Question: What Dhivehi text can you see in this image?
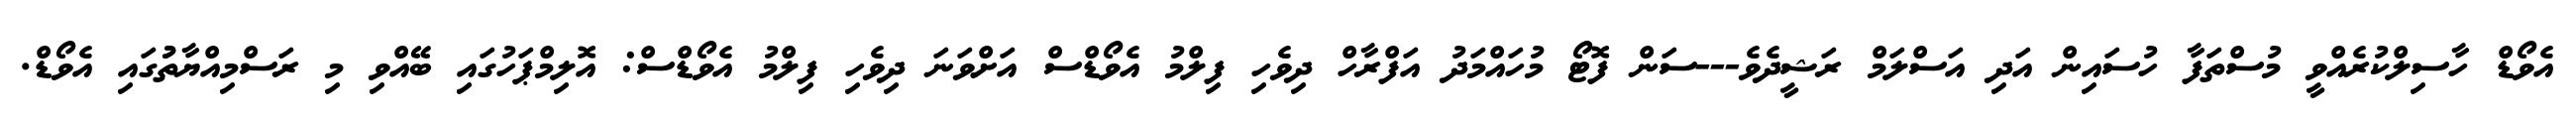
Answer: އެވޯޑް ހާސިލްކުރެއްވީ މުސްތަފާ ހުސައިން އަދި އަސްލަމް ރަޝީދެވެ---ސަން ފޮޓޯ މުހައްމަދު އަފްރާހް ދިވެހި ފިލްމު އެވޯޑްސް އަށްވަނަ ދިވެހި ފިލްމު އެވޯޑްސް: އޮލިމްޕަހުގައި ބޭއްވި މި ރަސްމިއްޔާތުުގައި އެވޯޑް.